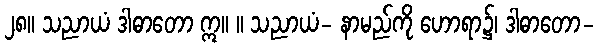
၂၈။ သညာယံ ဒါဓာတော ဣ။ ။ သညာယံ- နာမည်ကို ဟောရာ၌၊ ဒါဓာတော-